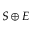
S \oplus E